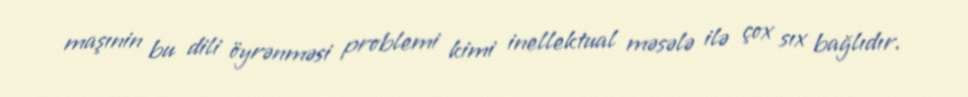
maşınin bu dili öyrənməsi problemi kimi inellektual məsələ ilə çox sıx bağlıdır.